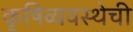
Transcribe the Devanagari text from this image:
कृषिव्यवस्थेची